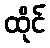
ထိုင်